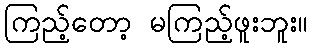
ကြည့်တော့ မကြည့်ဖူးဘူး။